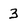
Character: 3